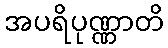
အပရိပုဏ္ဏာတိ